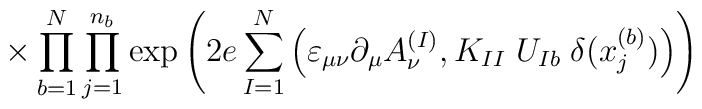
\times \prod_{b=1}^N \prod_{j=1}^{n_b} \exp \left(2e \sum_{I=1}^N \Big( \varepsilon_{\mu \nu} \partial_\mu A^{(I)}_\nu,K_{I I} \; U_{I b} \; \delta(x_j^{(b)}) \Big) \right)